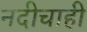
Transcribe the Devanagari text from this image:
नदीचाही